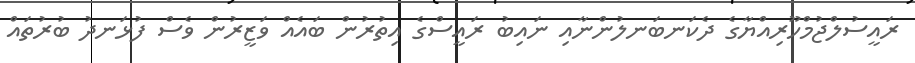
ރައީސުލްޖުމްހޫރިއްޔާގެ ދެކަނބަނލުންނާއި ނައިބު ރައީސްގެ އިތުރުން ބައެއް ވަޒީރުން ވެސް ފުޅަނދު ބުރުތައް